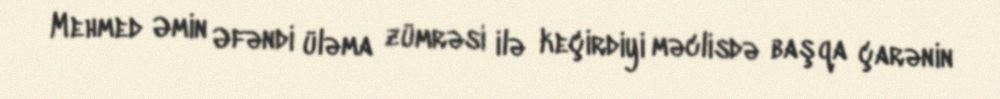
Mehmed Əmin Əfəndi üləma zümrəsi ilə keçirdiyi məclisdə başqa çarənin